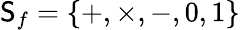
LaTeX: \mathsf{S}_{f}=\{ +,\times,-,0,1\}